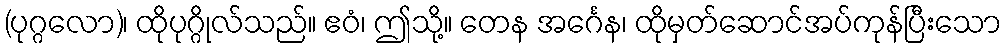
(ပုဂ္ဂလော)၊ ထိုပုဂ္ဂိုလ်သည်။ ဧဝံ၊ ဤသို့။ တေန အင်္ဂေန၊ ထိုမှတ်ဆောင်အပ်ကုန်ပြီးသော